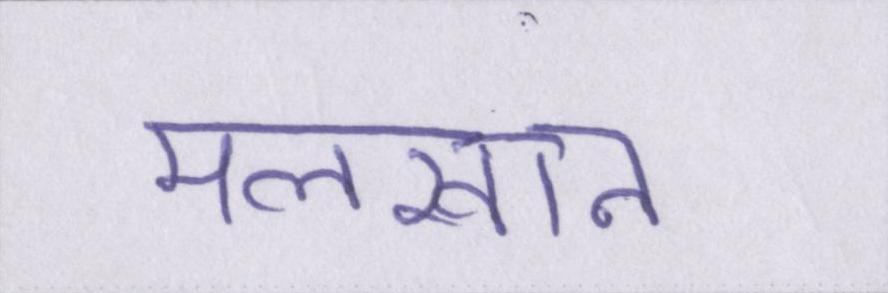
मलखान